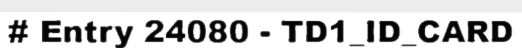
# Entry 24080 - TD1_ID_CARD